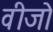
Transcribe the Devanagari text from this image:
वीजो